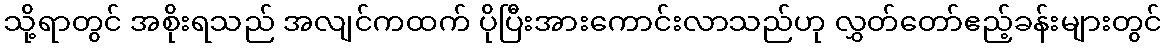
သို့ရာတွင် အစိုးရသည် အလျင်ကထက် ပိုပြီးအားကောင်းလာသည်ဟု လွှတ်တော်ဧည့်ခန်းများတွင်